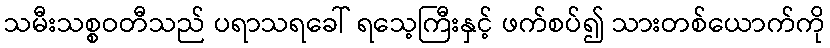
သမီးသစ္စဝတီသည် ပရာသရခေါ် ရသေ့ကြီးနှင့် ဖက်စပ်၍ သားတစ်ယောက်ကို